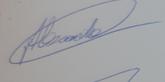
Signature authenticity: genuine